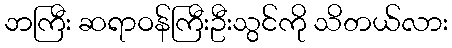
ဘကြီး ဆရာဝန်ကြီးဦးသွင်ကို သိတယ်လား